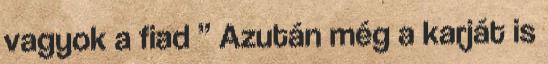
vagyok a fiad ” Azután még a karját is